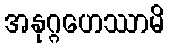
အနုဂ္ဂဟေဿာမိ